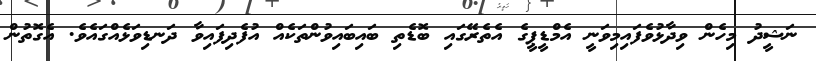
ނަޝީދު މިހެން ވިދާޅުވެފައިމިވަނީ އެމްޑީޕީގެ އެތެރޭގައި ބޮޑެތި ބައިބައިވުންތަކެއް އުފެދިފައިވާ ދަނޑިވަޅެއްގައެވެ. އެގޮތުން